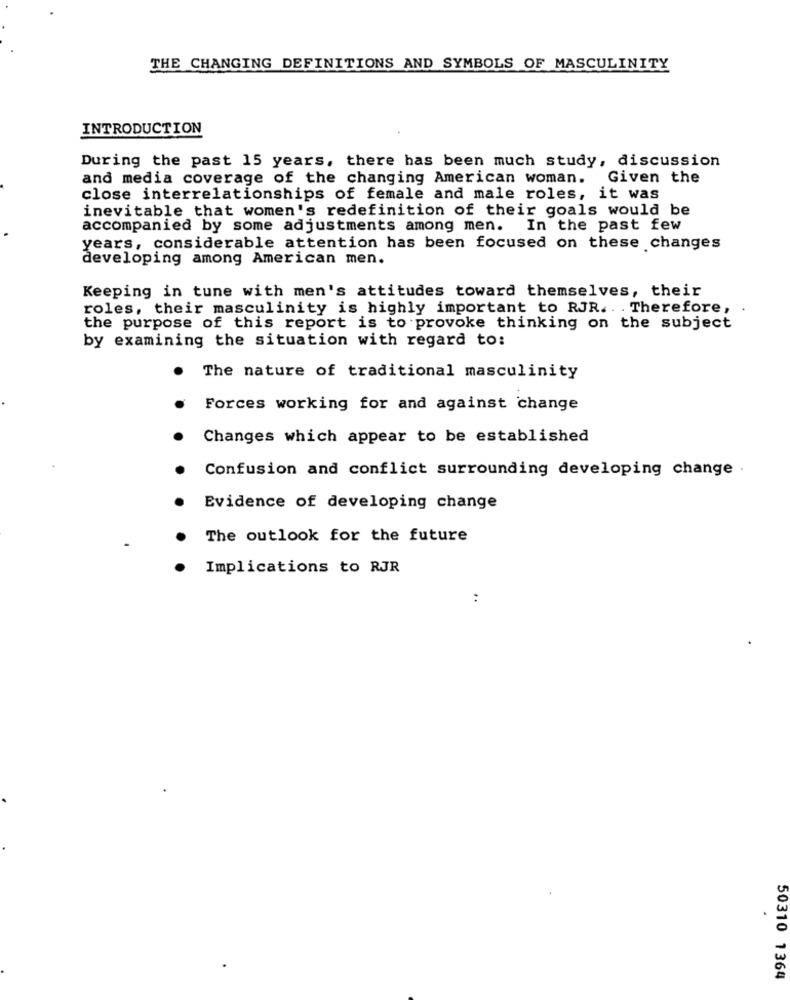
THE CHANGING DEFINITIONS AND SYMBOLS OF MASCULINITY
INTRODUCTION
During the past 15 years, there has been much study, discussion
and media coverage of the changing American woman.
Given the
close interrelationships of female and male roles, it was
inevitable that women's redefinition of their goals would be
accompanied by some adjustments among men. In the past few
years, considerable attention has been focused on these changes
developing among American men.
Keeping in tune with men's attitudes toward themselves, their
roles, their masculinity is highly important to RJR. . . Therefore,
the purpose of this report is to provoke thinking on the subject
by examining the situation with regard to:
The nature of traditional masculinity
Forces working for and against change
Changes which appear to be established
Confusion and conflict surrounding developing change .
Evidence of developing change
The outlook for the future
Implications to RJR
:
50310 1364